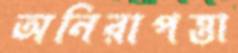
অনিরাপত্তা